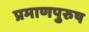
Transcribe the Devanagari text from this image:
प्रमाणपुरुष